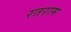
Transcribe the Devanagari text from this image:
रतराम